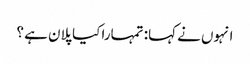
انہوں نے کہا: تمہارا کیا پلان ہے ؟